On kala azar, malaria and malarial cachexia - Number 19
Disease focus: Malaria
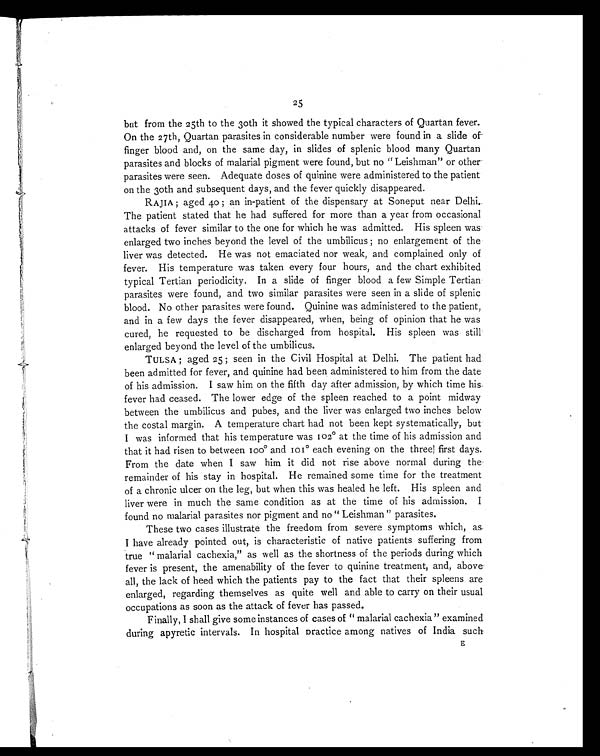
25
but from the 25th to the 30th it showed the typical characters of Quartan fever.
On the 27th, Quartan parasites in considerable number were found in a slide of
finger blood and, on the same day, in slides of splenic blood many Quartan
parasites and blocks of malarial pigment were found, but no "Leishman" or other
parasites were seen. Adequate doses of quinine were administered to the patient
on the 30th and subsequent days, and the fever quickly disappeared.
RAJIA ; aged 40 ; an in-patient of the dispensary at Soneput near Delhi.
The patient stated that he had suffered for more than a year from occasional
attacks of fever similar to the one for which he was admitted. His spleen was
enlarged two inches beyond the level of the umbilicus ; no enlargement of the
liver was detected. He was not emaciated nor weak, and complained only of
fever. His temperature was taken every four hours, and the chart exhibited
typical Tertian periodicity. In a slide of finger blood a few Simple Tertian
parasites were found, and two similar parasites were seen in a slide of splenic
blood. No other parasites were found. Quinine was administered to the patient,
and in a few days the fever disappeared, when, being of opinion that he was
cured, he requested to be discharged from hospital. His spleen was still
enlarged beyond the level of the umbilicus.
TULSA ; aged 25 ; seen in the Civil Hospital at Delhi. The patient had
been admitted for fever, and quinine had been administered to him from the date
of his admission. I saw him on the fifth day after admission, by which time his
fever had ceased. The lower edge of the spleen reached to a point midway
between the umbilicus and pubes, and the liver was enlarged two inches below
the costal margin. A temperature chart had not been kept systematically, but
I was informed that his temperature was 102° at the time of his admission and
that it had risen to between 100° and 101° each evening on the three first days.
From the date when I saw him it did not rise above normal during the
remainder of his stay in hospital. He remained some time for the treatment
of a chronic ulcer on the leg, but when this was healed he left. His spleen and
liver were in much the same condition as at the time of his admission. I
found no malarial parasites nor pigment and no "Leishman" parasites.
These two cases illustrate the freedom from severe symptoms which, as
I have already pointed out, is characteristic of native patients suffering from
true "malarial cachexia," as well as the shortness of the periods during which
fever is present, the amenability of the fever to quinine treatment, and, above
all, the lack of heed which the patients pay to the fact that their spleens are
enlarged, regarding themselves as quite well and able to carry on their usual
occupations as soon as the attack of fever has passed.
Finally, I shall give some instances of cases of "malarial cachexia" examined
during apyretic intervals. In hospital practice among natives of India such
E